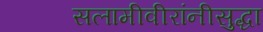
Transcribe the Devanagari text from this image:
सलामीवीरांनीसुद्धा